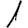
Digit: 1